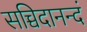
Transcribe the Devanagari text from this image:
सच्चिदानन्दं